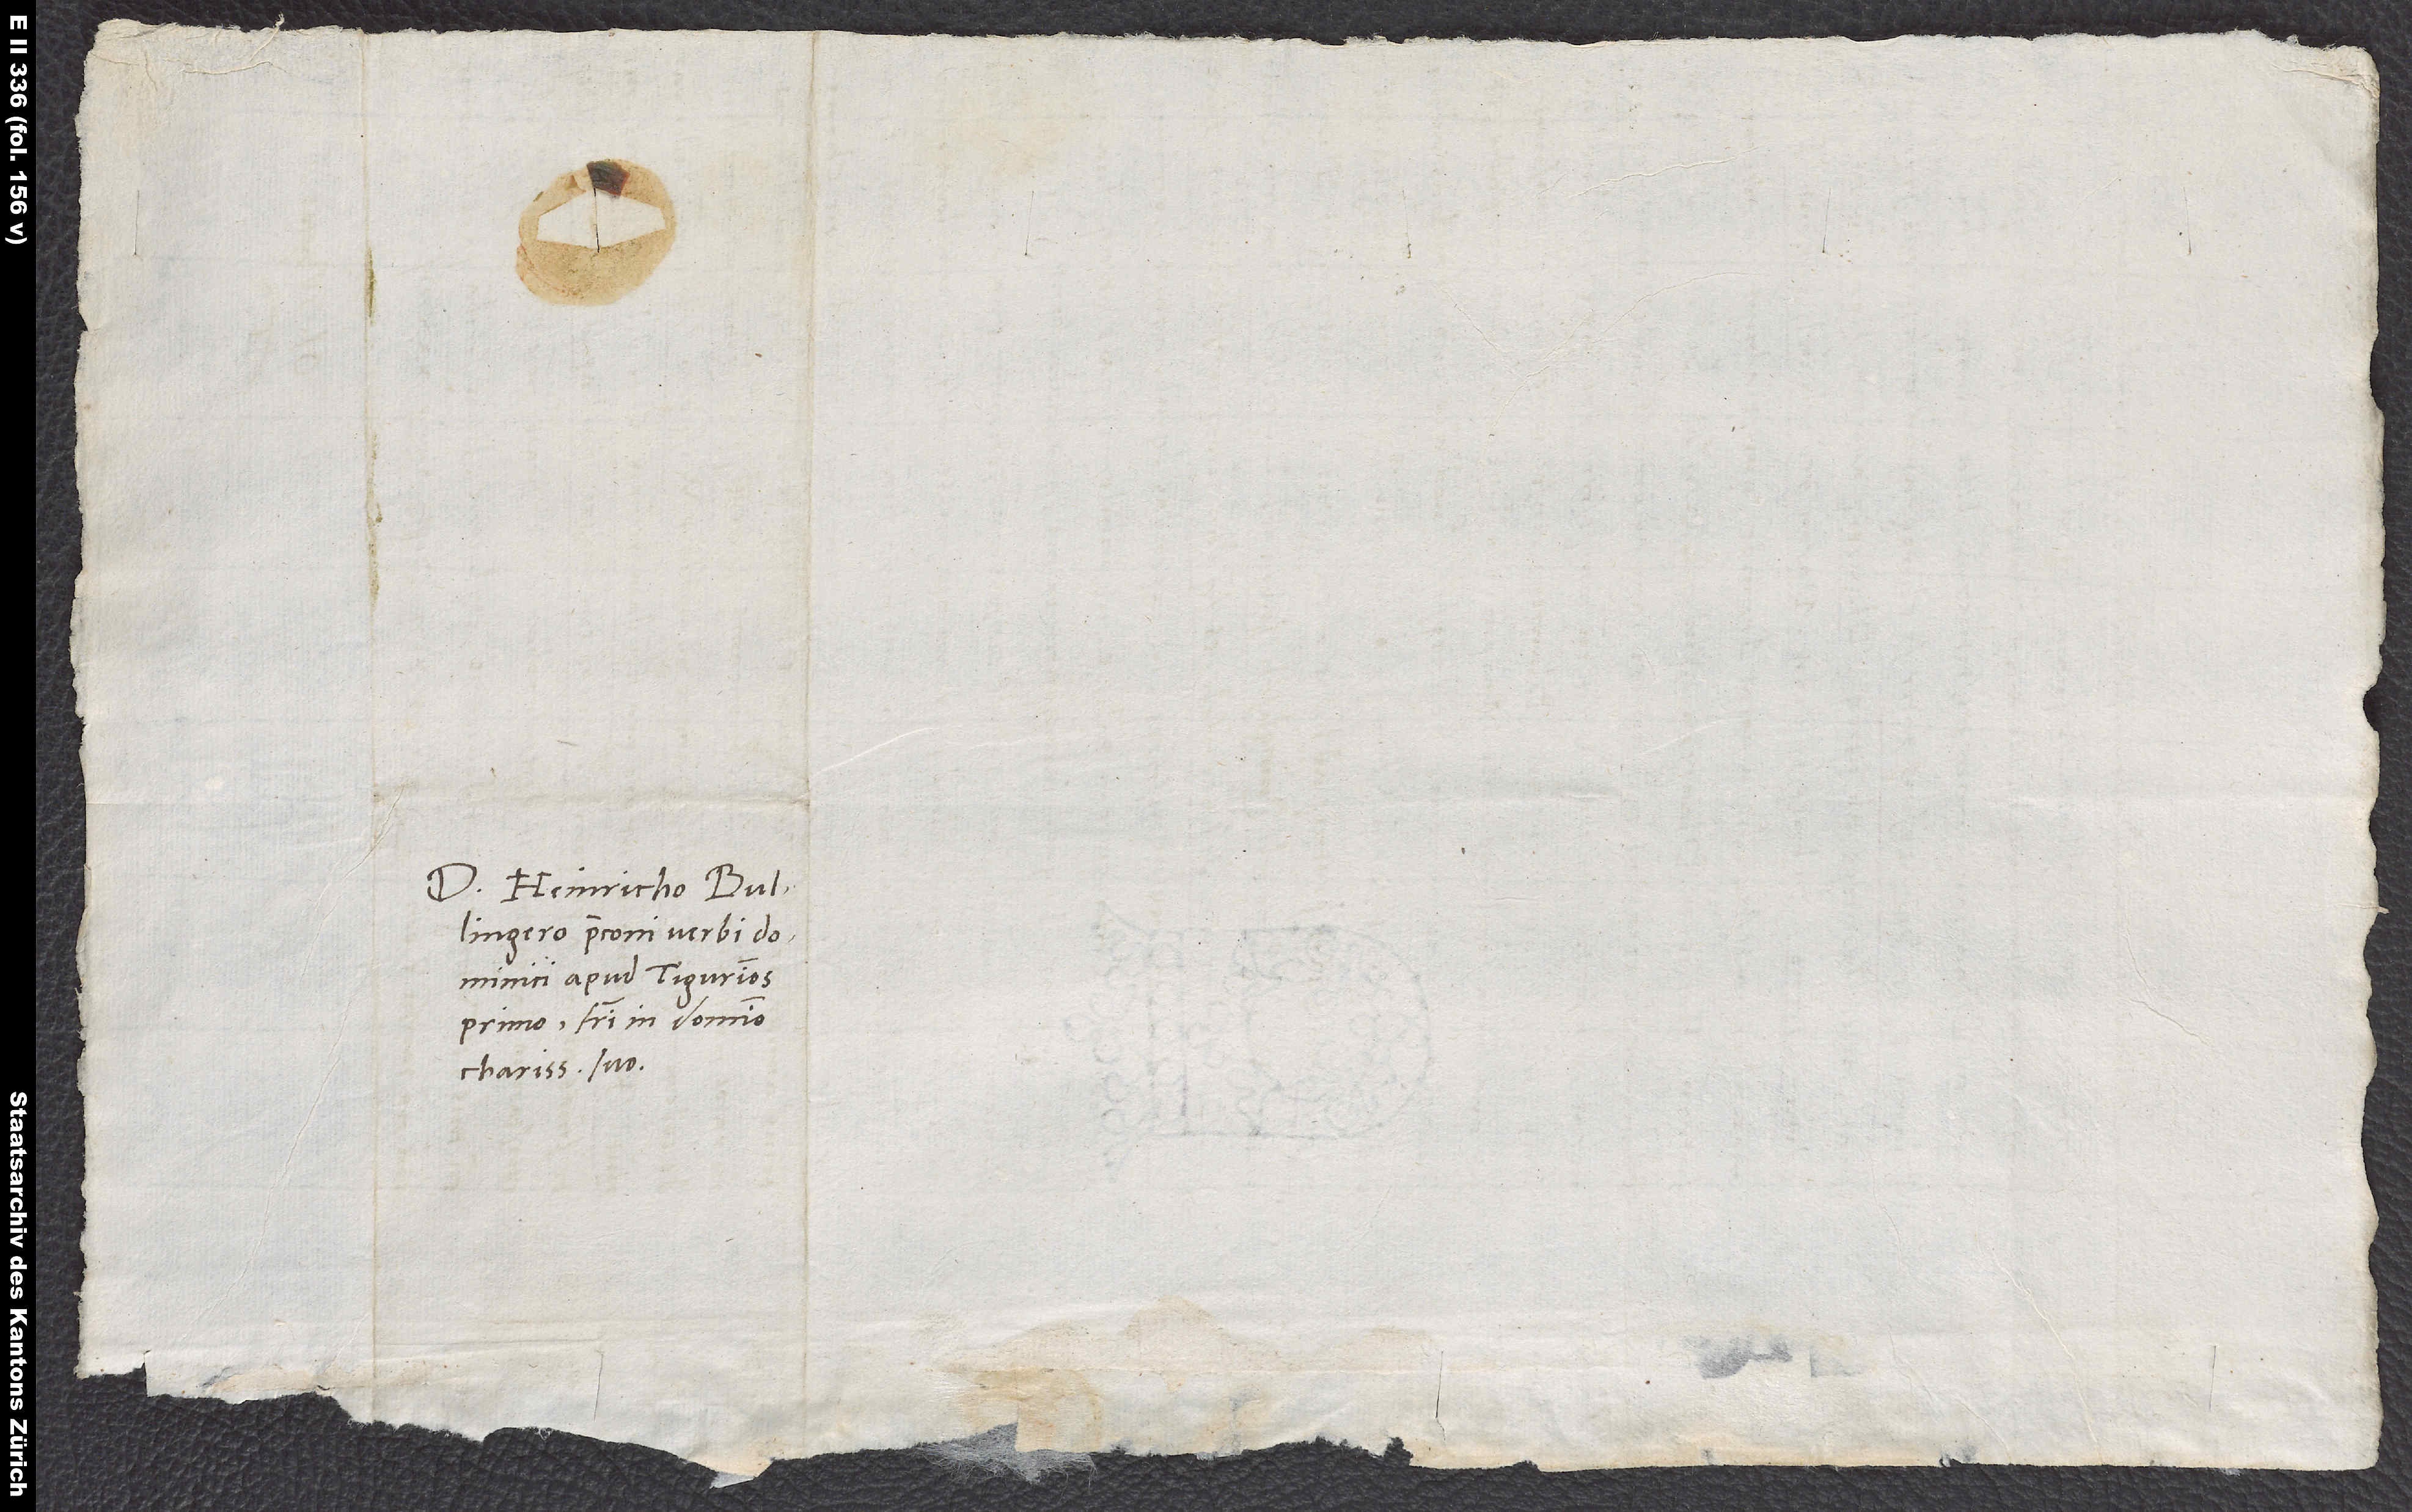
Domino Heinricho
Bullingero, praeconi verbi
dominici apud Tigurinos
primo, fratri in domino
charissimo suo.